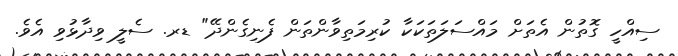
ސިއްހީ ގޮތުން އެތަށް މައްސަލަތަކަކާ ކުރިމަތިވާންތަން ފެނިގެންދޭ" ޑރ. ސެލީ ވިދާޅުވި އެވެ.